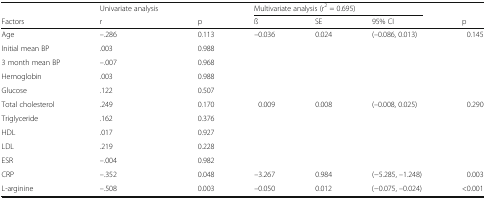
<table><thead><tr><td></td><td><b>Univariate analysis</b></td><td></td><td colspan="3"><b>Multivariate analysis (r<sup>2</sup> = 0.695)</b></td><td></td></tr><tr><td><b>Factors</b></td><td><b>r</b></td><td><b>p</b></td><td><b>ß</b></td><td><b>SE</b></td><td><b>95% CI</b></td><td><b>p</b></td></tr></thead><tbody><tr><td>Age</td><td>–.286</td><td>0.113</td><td>–0.036</td><td>0.024</td><td>(–0.086, 0.013)</td><td>0.145</td></tr><tr><td>Initial mean BP</td><td>.003</td><td>0.988</td><td></td><td></td><td></td><td></td></tr><tr><td>3 month mean BP</td><td>–.007</td><td>0.968</td><td></td><td></td><td></td><td></td></tr><tr><td>Hemoglobin</td><td>.003</td><td>0.988</td><td></td><td></td><td></td><td></td></tr><tr><td>Glucose</td><td>.122</td><td>0.507</td><td></td><td></td><td></td><td></td></tr><tr><td>Total cholesterol</td><td>.249</td><td>0.170</td><td>0.009</td><td>0.008</td><td>(–0.008, 0.025)</td><td>0.290</td></tr><tr><td>Triglyceride</td><td>.162</td><td>0.376</td><td></td><td></td><td></td><td></td></tr><tr><td>HDL</td><td>.017</td><td>0.927</td><td></td><td></td><td></td><td></td></tr><tr><td>LDL</td><td>.219</td><td>0.228</td><td></td><td></td><td></td><td></td></tr><tr><td>ESR</td><td>–.004</td><td>0.982</td><td></td><td></td><td></td><td></td></tr><tr><td>CRP</td><td>–.352</td><td>0.048</td><td>–3.267</td><td>0.984</td><td>(−5.285, –1.248)</td><td>0.003</td></tr><tr><td>L-arginine</td><td>–.508</td><td>0.003</td><td>–0.050</td><td>0.012</td><td>(−0.075, –0.024)</td><td>&lt;0.001</td></tr></tbody></table>